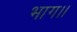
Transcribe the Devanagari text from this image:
भाग।।